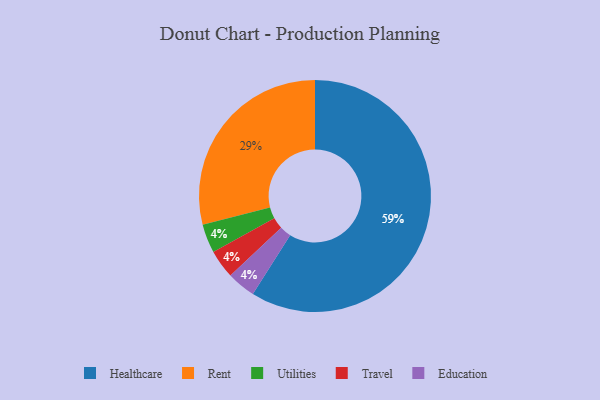
{"axis": {"x": "Category", "y": "Percentage"}, "legend": ["Education", "Healthcare", "Rent", "Travel", "Utilities"], "data": [{"x": "Utilities", "y": 4, "type": "Utilities"}, {"x": "Travel", "y": 4, "type": "Travel"}, {"x": "Education", "y": 4, "type": "Education"}, {"x": "Rent", "y": 29, "type": "Rent"}, {"x": "Healthcare", "y": 59, "type": "Healthcare"}]}